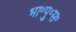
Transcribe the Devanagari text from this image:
भा॰पु॰स॰